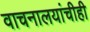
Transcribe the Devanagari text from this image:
वाचनालयांचीही